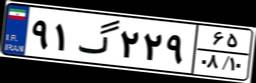
۸۸گ۸۶۶۹۳